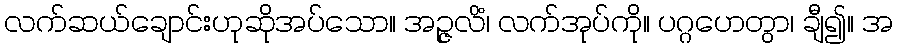
လက်ဆယ်ချောင်းဟုဆိုအပ်သော။ အဉ္ဇလိံ၊ လက်အုပ်ကို။ ပဂ္ဂဟေတွာ၊ ချီ၍။ အ